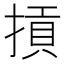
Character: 摃